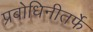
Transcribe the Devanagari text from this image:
प्रबोधिनीतर्फे